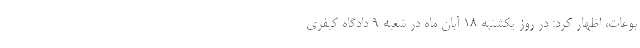
بوعات، اظهار کرد: در روز یکشنبه ۱۸ آبان ماه در شعبه ۹ دادگاه کیفری